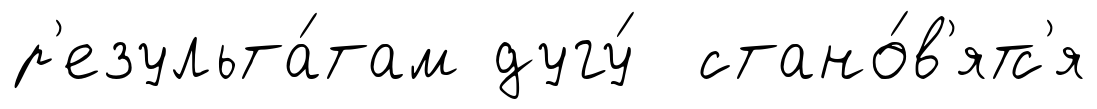
р'езульта́там дугу́ стано́в'ятс'я